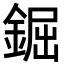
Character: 𨧱